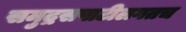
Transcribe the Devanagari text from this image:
समुद्रसपाटीलगतच